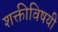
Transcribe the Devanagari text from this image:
शक्तीविषयी